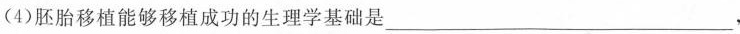
(4)胚胎移植能够移植成功的生理学基础是___，